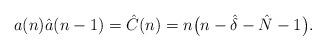
LaTeX: \begin{gather*}a(n) \hat{a}(n-1) ={\hat{C}}(n) = n\big(n-\hat{\delta}-\hat{N}-1\big).\end{gather*}